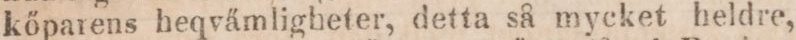
kőparens heqvämligheter, detta så mycket heldre,